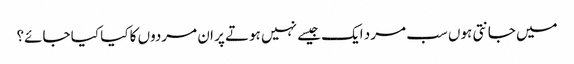
میں جانتی ہوں سب مرد ایک جیسے نہیں ہوتے پر ان مردوں کا کیا کیا جائے؟